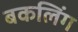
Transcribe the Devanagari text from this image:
बकलिंग